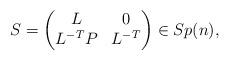
LaTeX: \begin{align*}S =\begin{pmatrix}L & 0\\L^{-T} P & L^{-T}\end{pmatrix}\in Sp(n),\end{align*}